Mental hospitals Bombay report 1921-28 - 1921-1928
Year: 1921
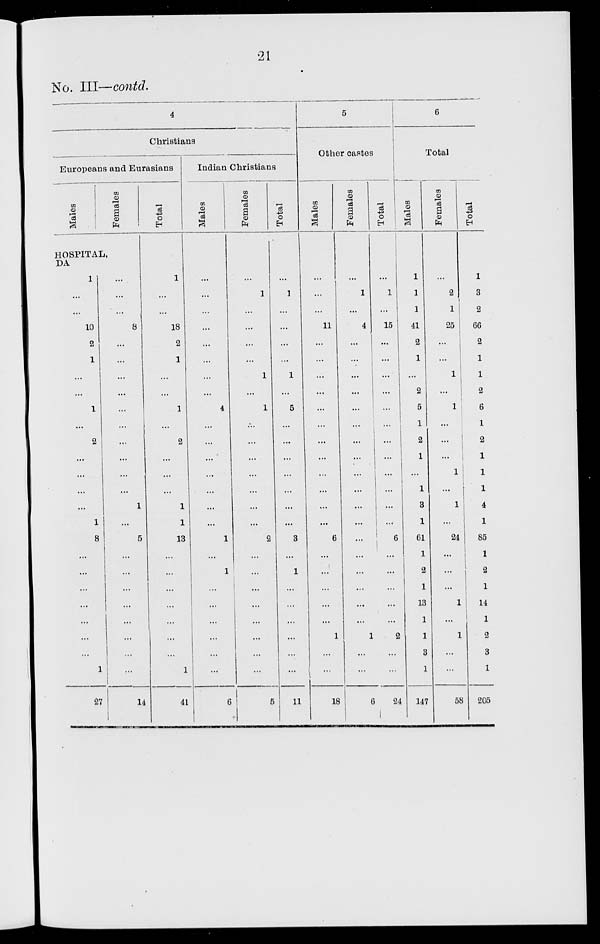
21
No. III—contd.
4
Christians
Europeans and Eurasians
Males
Females
HOSPITAL,
DA
1
...
...
10
2
1
...
...
1
...
2
...
...
...
...
1
8
...
...
...
...
...
...
...
1
27
...
...
...
8
...
...
...
...
...
...
...
...
...
...
1
...
5
...
...
...
...
...
...
...
...
14
Total
1
...
...
18
2
1
...
...
1
...
2
...
...
...
1
1
13
...
...
...
...
...
...
...
1
41
Indian Christians
Males
...
...
...
...
...
...
...
...
4
...
...
...
...
...
...
...
1
...
1
...
...
...
...
...
...
6
Females
...
1
...
...
...
...
1
...
1
...
...
...
...
...
...
...
2
...
...
...
...
...
...
...
...
5
Total
...
1
...
...
...
...
1
...
5
...
...
...
...
...
...
...
3
...
1
...
...
...
...
...
...
11
5
Other castes
Males
...
...
...
11
...
...
...
...
...
...
...
...
...
...
...
...
6
...
...
...
...
...
1
...
...
18
Females
...
1
...
4
...
...
...
...
...
...
...
...
...
...
...
...
...
...
...
...
...
...
1
...
...
6
Total
...
1
...
15
...
...
...
...
...
...
...
...
...
...
...
...
6
...
...
...
...
...
2
...
...
24
6
Total
Males
1
1
1
41
2
1
...
2
5
1
2
1
...
1
3
1
61
1
2
1
13
1
1
3
1
147
Females
...
2
1
25
...
...
1
...
1
...
...
...
1
...
1
...
24
...
...
...
1
...
1
...
...
58
Total
1
3
2
66
2
1
1
2
6
1
2
1
1
1
4
1
85
1
2
1
14
1
2
3
1
205